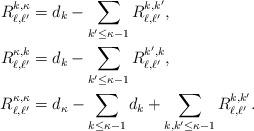
LaTeX: \begin{align*}R_{\ell,\ell'}^{k,\kappa} &= d_k - \sum_{k'\leq \kappa-1} R_{\ell,\ell'}^{k,k'},\\R_{\ell,\ell'}^{\kappa,k} &= d_k - \sum_{k'\leq \kappa-1} R_{\ell,\ell'}^{k',k},\\R_{\ell,\ell'}^{\kappa,\kappa} &= d_{\kappa} - \sum_{k\leq \kappa-1}d_k + \sum_{k,k'\leq \kappa-1} R_{\ell,\ell'}^{k,k'}.\end{align*}